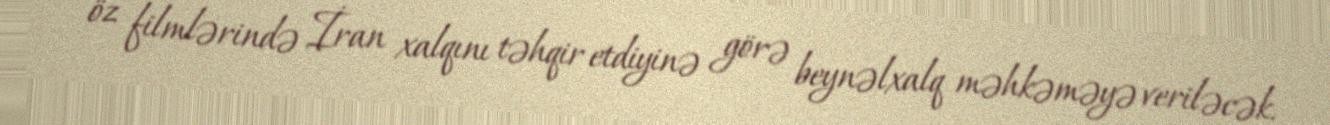
öz filmlərində İran xalqını təhqir etdiyinə görə beynəlxalq məhkəməyə veriləcək.